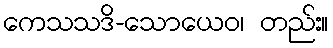
ကေသသဒိ-သောယေဝ၊ တည်း။